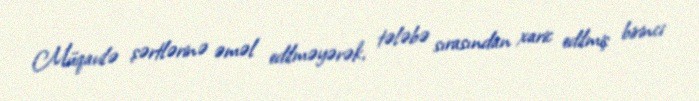
Müqavilə şərtlərinə əməl edilməyərək, tələbə sırasından xaric edilmiş birinci